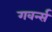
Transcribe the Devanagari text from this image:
गवर्न्स